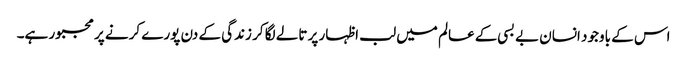
اس کے باوجود انسان بے بسی کے عالم میں لب اظہار پر تالے لگا کر زندگی کے دن پورے کرنے پر مجبور ہے۔